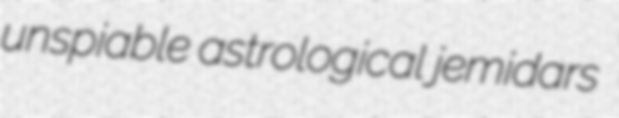
unspiable astrological jemidars